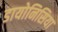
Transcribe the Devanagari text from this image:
डायोनिसिया